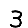
Digit: 3